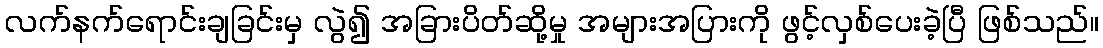
လက်နက်ရောင်းချခြင်းမှ လွဲ၍ အခြားပိတ်ဆို့မှု အများအပြားကို ဖွင့်လှစ်ပေးခဲ့ပြီ ဖြစ်သည်။